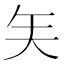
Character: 𰦒